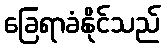
ခြေရာခံနိုင်သည်